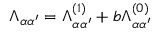
\Lambda _ { \alpha \alpha ^ { \prime } } = \Lambda _ { \alpha \alpha ^ { \prime } } ^ { ( 1 ) } + b \Lambda _ { \alpha \alpha ^ { \prime } } ^ { ( 0 ) }